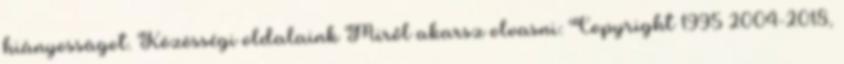
hiányosságot. Közösségi oldalaink Miről akarsz olvasni: Copyright 1995 2004-2018,